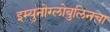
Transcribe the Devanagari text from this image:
इम्युनोग्लोबुलिनचा